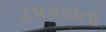
ટપકાવતા